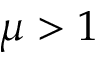
\mu > 1